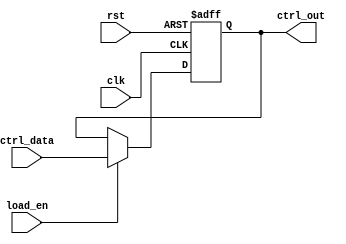
module control_register #(
    parameter N = 8  // Width of the control register
)(
    input wire clk,               // Clock signal
    input wire rst,               // Asynchronous reset signal
    input wire [N-1:0] ctrl_data, // Parallel input bus for control signals
    input wire load_en,           // Load enable signal
    output reg [N-1:0] ctrl_out   // Output bus reflecting the current state
);

// Asynchronous reset and loading behavior
always @(posedge clk or posedge rst) begin
    if (rst) begin
        ctrl_out <= {N{1'b0}};  // Reset to zero (default state)
    end else if (load_en) begin
        ctrl_out <= ctrl_data;  // Load control data into the register
    end
    // If load_en is not asserted, the previous state is held
end

endmodule